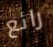
رائع